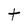
Character: t